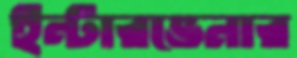
ইন্টারভেনার